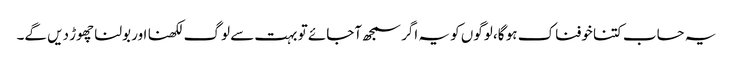
یہ حساب کتنا خوفناک ہو گا، لوگوں کو یہ اگر سمجھ آجائے تو بہت سے لوگ لکھنا اور بولنا چھوڑ دیں گے۔